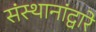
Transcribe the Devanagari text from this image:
संस्थानांद्वारे